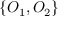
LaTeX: \{ O _ { 1 } , O _ { 2 } \}